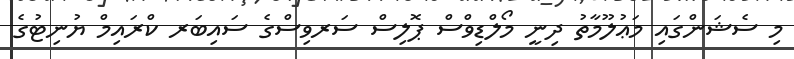
މި ސެޝަންގައި މަޢުލޫމާތު ދިނީ މޯލްޑިވްސް ޕޮލިސް ސަރވިސްގެ ސައިބަރ ކްރައިމް ޔުނިޓުގެ